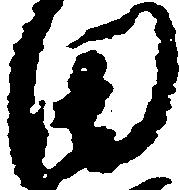
田